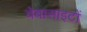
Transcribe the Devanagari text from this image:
वेबासाइटों